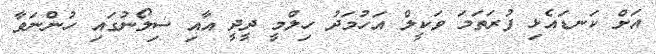
އަށް ކަނޑައެޅި ފުރަތަމަ ވަކީލް އަހުމަދު ހިލްމީ ދީދީ އާއި ސިލޯނުގައި ހުންނަވާ